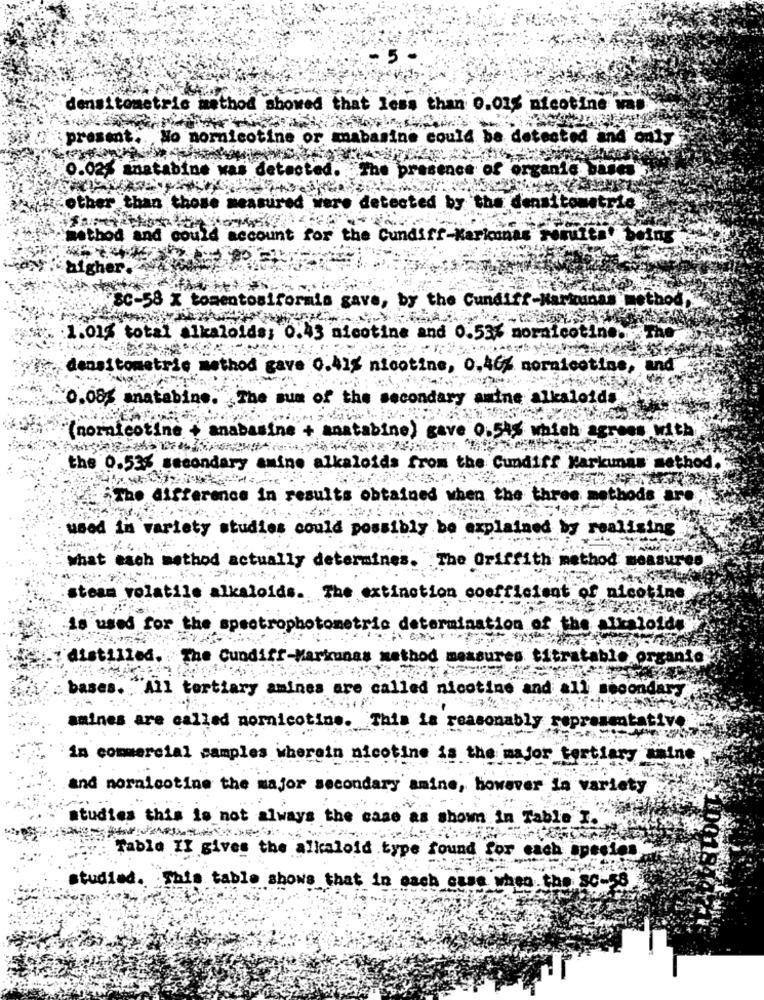
densitometric method showed that less than 0.015 nicotine was
present ..
No pornicotine or mabasine could be detected and only
0.02% anatabine
etacted. The presence of organic bases
other than
were detected by the densitometria
method and could account for the Cundiff-Karkonas Fomuita
cher.
SC-58 X tomentosiformis gave, by the Cundiff-Markunas
Itho
1.01% total alkaloids; 0.43 nicotine and 0.53% mornicotine.
densitometric method ga
0.41% nicotine, 0,46% nornicotine, and
the secondary amine alkaloids
0.08% anatabino.
anabar
(nornicotine +
bine) gave 0.54% which agrees with
the 0.53% secondary
ids from the Cundiff Karkunas method
The difference in results obtained when the three methods are
used in variety studies could poss
bly be explained by realising
what each method actually determines. "The Griffith method measured
steam volatile alkaloids. The extinction coefficient of nicotine
s used for the spectrophotometric determination of the alkaloid;
distilled.
The Cundiff-Markunas method
ures titratable organic
bases. All tertiary amines are called nicotine and all secondary
amines are called nornicotine. This is reasonably representative
in commercial samples wherein nicotine is the major tertiary anine
and nornicotine the major secondary amine, however in variety
studies this is not always the case as shown in Table I."
Table II gives the alkaloid type found for each species
10015
studied. This table shows that in each case when the SC-58